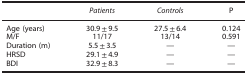
|  | Patients | Controls | P |
 | --- | --- | --- | --- |
 | Age (years) | 30.9±9.5 | 27.5±6.4 | 0.124 |
 | M/F | 11/17 | 13/14 | 0.591 |
 | Duration (m) | 5.5±3.5 | — | — |
 | HRSD | 29.1±4.9 | — | — |
 | BDI | 32.9±8.3 | — | — |